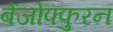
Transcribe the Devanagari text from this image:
बेंजोफ्फुरन